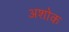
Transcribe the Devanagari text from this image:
अशोक